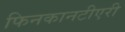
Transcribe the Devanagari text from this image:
फिनकानटीएरी